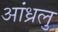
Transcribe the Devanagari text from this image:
आंध्रलु